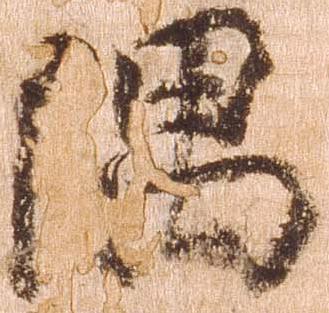
隅